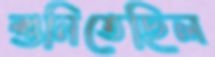
শুনিতেছিল